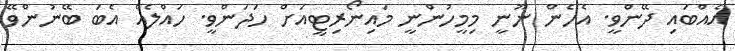
އެއްބައި ދޭންވީ. އެހެން ނޫނީ މިމީހުންނީ މައިނޯރިޓީއަށް ހަދަންވީ. ހައްލެއް އެބަ ބޭނުންވޭ